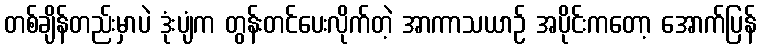
တစ်ချိန်တည်းမှာပဲ ဒုံးပျံက တွန်းတင်ပေးလိုက်တဲ့ အာကာသယာဉ် အပိုင်းကတော့ အောက်ပြန်